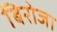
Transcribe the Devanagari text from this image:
बिरोजा